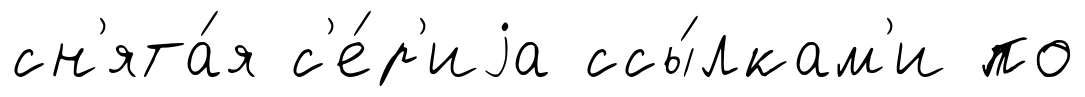
сн'ята́я с'е́р'иjа ссы́лкам'и по